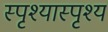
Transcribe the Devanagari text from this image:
स्पृश्‍यास्पृश्‍य